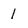
Character: 1